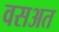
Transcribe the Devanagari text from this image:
वसअत